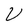
Character: V